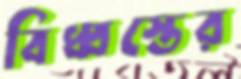
বিধ্বস্তের